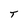
Character: T